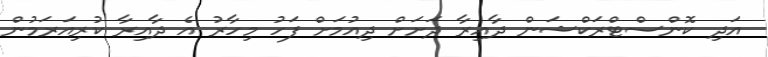
އަދި ކޮންސްޓްރަކްޝަން ދާއިރާ ދަށަށް ދިއުމަށް ފަހު މިހާރު އެ ދާއިރާ ކުރިއަރަމުން